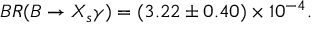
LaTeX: B R ( B \to X _ { s } \gamma ) = ( 3 . 2 2 \pm 0 . 4 0 ) \times 1 0 ^ { - 4 } .